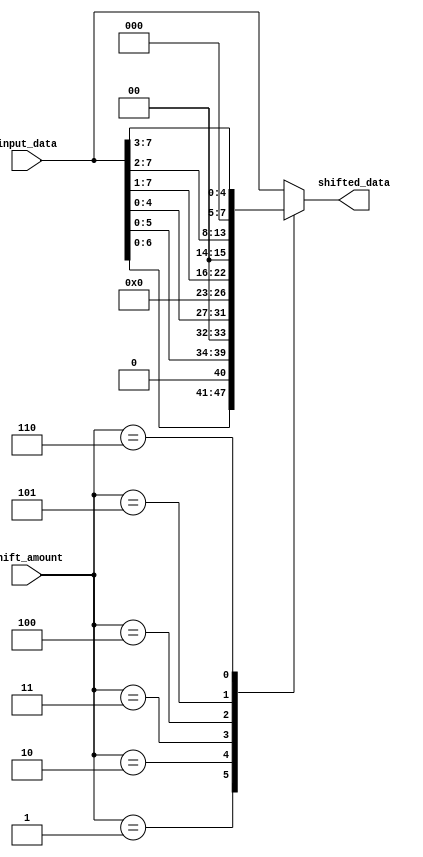
module Barrel_Shifter(
    input wire [7:0] input_data,
    input wire [2:0] shift_amount,
    output reg [7:0] shifted_data
);

reg [7:0] output_data;

always @ (*)
begin
    case(shift_amount)
        3'b000: output_data = input_data; //no shift
        3'b001: output_data = input_data << 1; //shift left by 1 bit
        3'b010: output_data = input_data << 2; //shift left by 2 bits
        3'b011: output_data = input_data << 3; //shift left by 3 bits
        3'b100: output_data = input_data >> 1; //shift right by 1 bit
        3'b101: output_data = input_data >> 2; //shift right by 2 bits
        3'b110: output_data = input_data >> 3; //shift right by 3 bits
        default: output_data = input_data;
    endcase
end

assign shifted_data = output_data;

endmodule